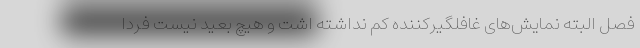
فصل البته نمایش‌های غافلگیرکننده کم نداشته اشت و هیچ بعید نیست فردا